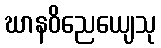
ဃာနဝိညေယျေသု